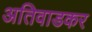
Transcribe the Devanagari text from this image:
अतिवाडकर